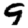
Digit: 9